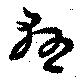
懸